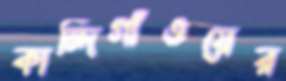
কান্দিগাঁওয়ের